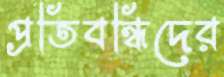
প্রতিবন্ধিদের